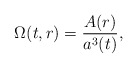
\begin{align*}\Omega(t,r) = \frac{A(r)}{a^3(t)}, \end{align*}